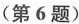
(第6题)